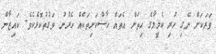
ވަރަކަށް ނޭގި ހުރި ކެމީލާގެ ހިތަށް އެތައް ހާސްކަށިތަކެއް ހެރުނު ވަގުތުކޮޅެކެވެ. ކައިޒާން